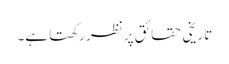
تاریخی حقائق پر نظر رکھتا ہے۔